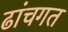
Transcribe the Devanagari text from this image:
ढांचगत